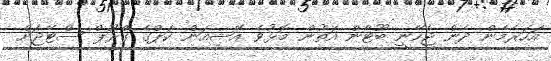
އަހަރެމެން ދެން ޖެހޭނީ ބޫޓާން އަތުން މޮޅުވެ އޭޝިއަން ކަޕްގެ ގްރޫޕް ސްޓޭޖަށް